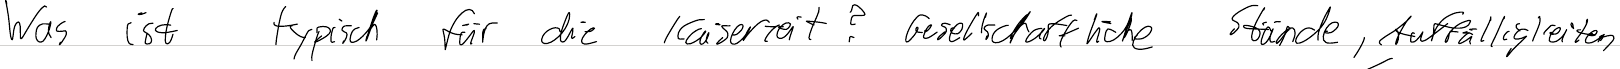
Was ist typisch für die Kaiserzeit? Gesellschaftliche Stände, Auffälligkeiten